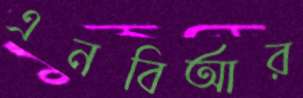
এনবিআর